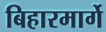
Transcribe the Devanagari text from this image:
बिहारमार्गे